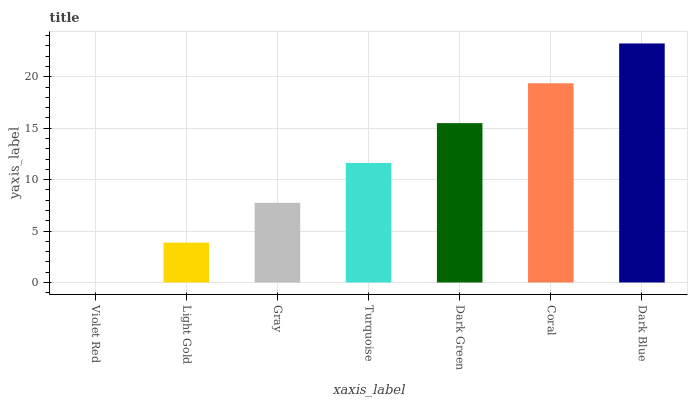
| xaxis_label | bars |
 | --- | --- |
 | Violet Red | 0 |
 | Light Gold | 3.87 |
 | Gray | 7.75 |
 | Turquoise | 11.6 |
 | Dark Green | 15.5 |
 | Coral | 19.4 |
 | Dark Blue | 23.2 |